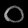
Digit: ၀